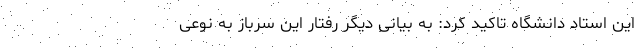
این استاد دانشگاه تاکید کرد: به بیانی دیگر رفتار این سرباز به نوعی